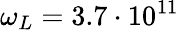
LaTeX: \omega_{L}=3.7\cdot 10^{11}